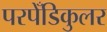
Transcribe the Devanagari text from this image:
परपेँडिकुलर